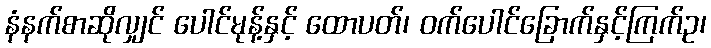
နံနက်စာဆိုလျှင် ပေါင်မုန့်နှင့် ထောပတ်၊ ဝက်ပေါင်ခြောက်နှင့်ကြက်ဥ၊